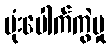
ဗုံးပေါက်ကွဲမှု